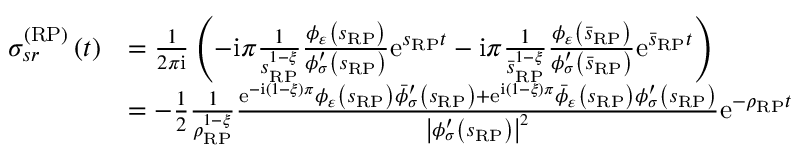
\begin{array} { r l } { \sigma _ { s r } ^ { \left( \mathrm { R P } \right) } \left( t \right) } & { = \frac { 1 } { 2 \pi \mathrm { i } } \left( - \mathrm { i } \pi \frac { 1 } { s _ { \scriptscriptstyle { \mathrm { R P } } } ^ { 1 - \xi } } \frac { \phi _ { \varepsilon } \left( s _ { \scriptscriptstyle { \mathrm { R P } } } \right) } { \phi _ { \sigma } ^ { \prime } \left( s _ { \scriptscriptstyle { \mathrm { R P } } } \right) } \mathrm { e } ^ { s _ { \scriptscriptstyle { \mathrm { R P } } } t } - \mathrm { i } \pi \frac { 1 } { \bar { s } _ { \scriptscriptstyle { \mathrm { R P } } } ^ { 1 - \xi } } \frac { \phi _ { \varepsilon } \left( \bar { s } _ { \scriptscriptstyle { \mathrm { R P } } } \right) } { \phi _ { \sigma } ^ { \prime } \left( \bar { s } _ { \scriptscriptstyle { \mathrm { R P } } } \right) } \mathrm { e } ^ { \bar { s } _ { \scriptscriptstyle { \mathrm { R P } } } t } \right) } \\ & { = - \frac { 1 } { 2 } \frac { 1 } { \rho _ { \scriptscriptstyle { \mathrm { R P } } } ^ { 1 - \xi } } \frac { \mathrm { e } ^ { - \mathrm { i } \left( 1 - \xi \right) \pi } \phi _ { \varepsilon } \left( s _ { \scriptscriptstyle { \mathrm { R P } } } \right) \bar { \phi } _ { \sigma } ^ { \prime } \left( s _ { \scriptscriptstyle { \mathrm { R P } } } \right) + \mathrm { e } ^ { \mathrm { i } \left( 1 - \xi \right) \pi } \bar { \phi } _ { \varepsilon } \left( s _ { \scriptscriptstyle { \mathrm { R P } } } \right) \phi _ { \sigma } ^ { \prime } \left( s _ { \scriptscriptstyle { \mathrm { R P } } } \right) } { \left\vert \phi _ { \sigma } ^ { \prime } \left( s _ { \scriptscriptstyle { \mathrm { R P } } } \right) \right\vert ^ { 2 } } \mathrm { e } ^ { - \rho _ { \scriptscriptstyle { \mathrm { R P } } } t } } \end{array}